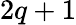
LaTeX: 2q+1